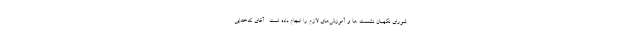
شورای نگهبان نشست ها و آموزش‌های لازم را انجام داده است . آقای کدخدایی